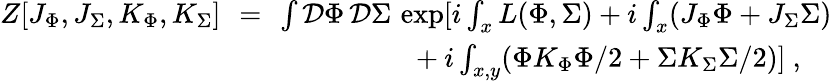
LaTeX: \begin{array}{rcl}{{Z[J_{\Phi},J_{\Sigma},K_{\Phi},K_{\Sigma}]\! \! }}&{{=}}&{{\! \! \int{\cal D}\Phi\, {\cal D}\Sigma\, \exp[i\int_{x}L(\Phi,\Sigma)+i\int_{x}(J_{\Phi}\Phi+J_{\Sigma}\Sigma)}}\\ {{}}&{{}}&{{{}~~~~~~~~~~~~~~~~~+i\int_{x,y}(\Phi K_{\Phi}\Phi/2+\Sigma K_{\Sigma}\Sigma/2)]~,}}\end{array}